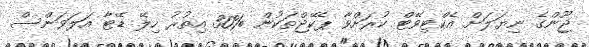
ޖޫންގެ ނިޔަލަށް އެކްޓިވޭޓް ކުރަށްވާ ޕެކޭޖްތަކުން %30 އިތުރު ހިލޭ ޑޭޓާ އަލަވަންސް